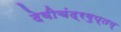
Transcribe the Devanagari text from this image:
देवीचंद्रगुप्तम्‌